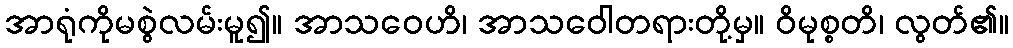
အာရုံကိုမစွဲလမ်းမူ၍။ အာသဝေဟိ၊ အာသဝေါတရားတို့မှ။ ဝိမုစ္စတိ၊ လွတ်၏။